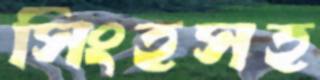
সিংহসহ